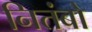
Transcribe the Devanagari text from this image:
नितंबो